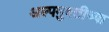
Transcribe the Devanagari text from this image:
अल्पमुदतीच्या